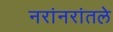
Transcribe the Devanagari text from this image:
नरांनरांतले